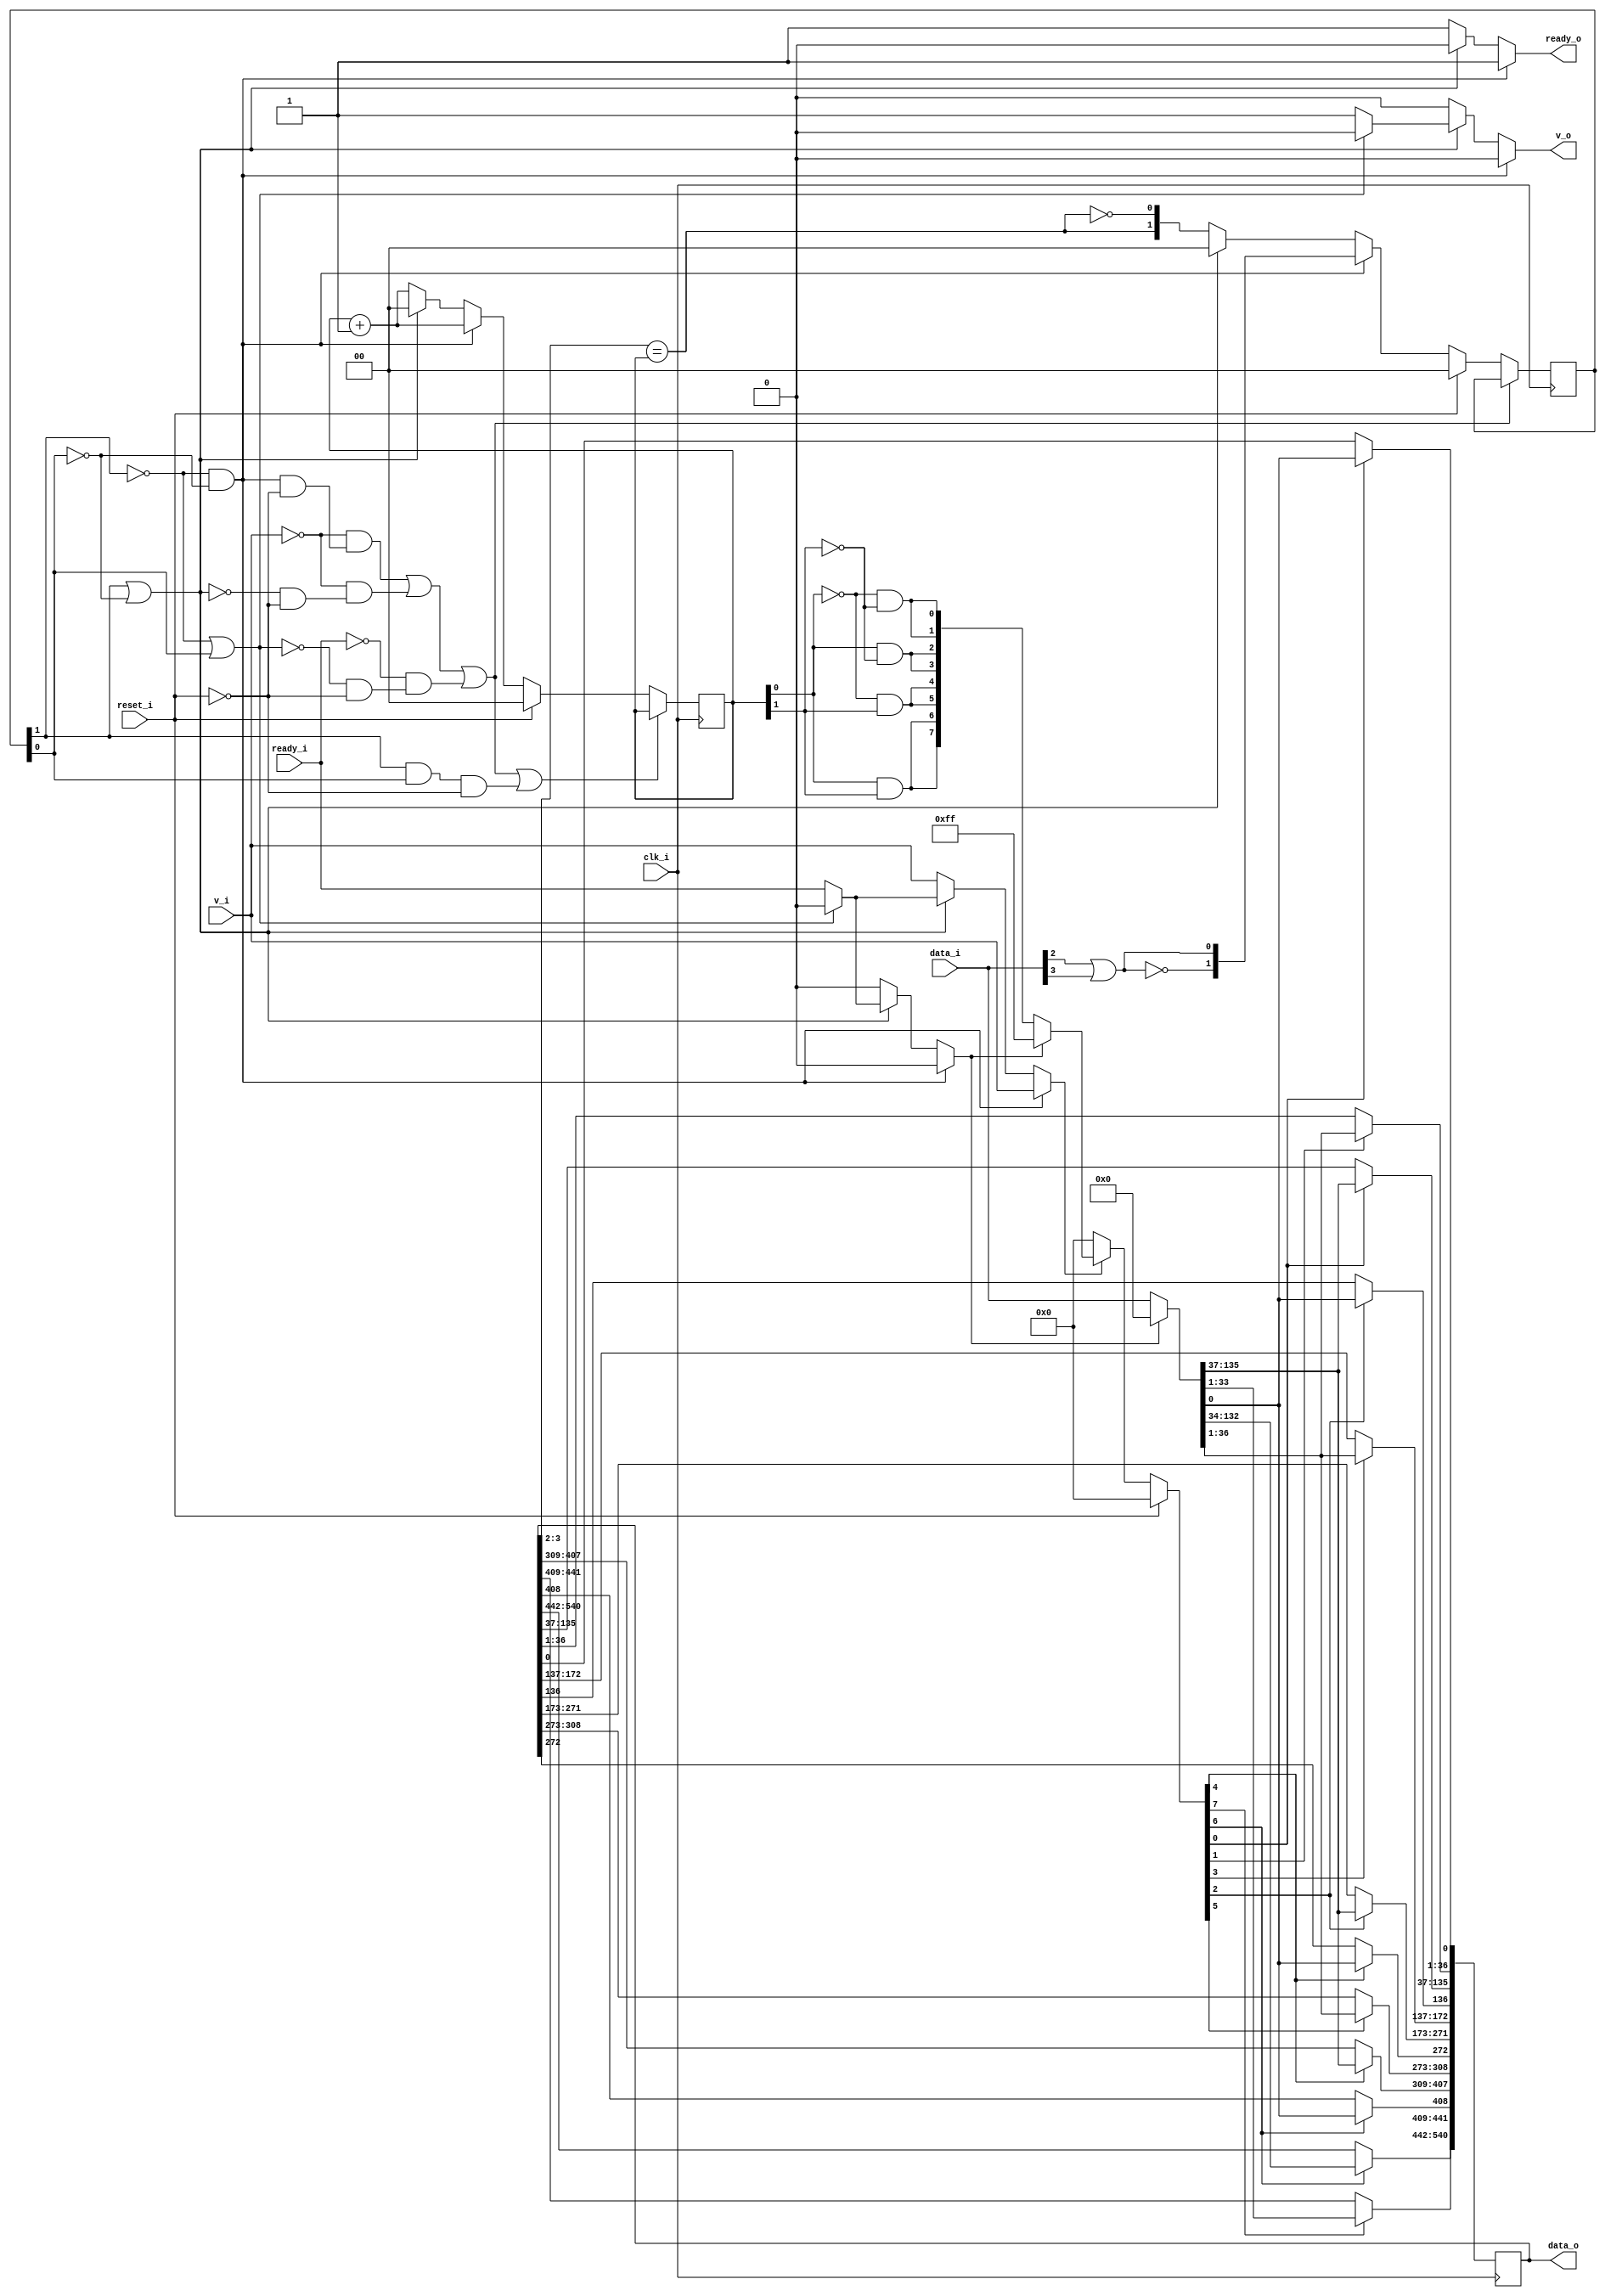
module bsg_wormhole_router_adapter_out_max_num_flit_p4_max_payload_width_p537_x_cord_width_p1_y_cord_width_p1
(
  clk_i,
  reset_i,
  data_i,
  v_i,
  ready_o,
  data_o,
  v_o,
  ready_i
);

  input [135:0] data_i;
  output [540:0] data_o;
  input clk_i;
  input reset_i;
  input v_i;
  input ready_i;
  output ready_o;
  output v_o;
  wire ready_o,v_o,N0,N1,N2,N3,N4,N5,N6,N7,N8,N9,N10,N11,N12,N13,we,clear,N14,N15,N16,
  N17,N18,N19,N20,N21,N22,N23,N24,N25,N26,N27,N28,N29,N30,N31,N32,N33,N34,N35,N36,
  N37,N38,N39,N40,N41,N42,N43,N44,N45,N46,N47,N48,N49,N50,N51,N52,N53,N54,N55,N56,
  N57,N58,N59,N60,N61,N62,N63,N64,N65,N66,N67,N68,N69,N70,N71,N72,N73,N74,N75,N76,
  N77,N78,N79,N80,N81,N82,N83,N84,N85,N86,N87,N88,N89,N90,N91,N92,N93,N94,N95,N96,
  N97,N98,N99,N100,N101,N102,N103,N104,N105,N106,N107,N108,N109,N110,N111,N112,
  N113,N114,N115,N116,N117,N118,N119,N120,N121,N122,N123,N124,N125,N126,N127,N128,
  N129,N130,N131,N132,N133,N134,N135,N136,N137,N138,N139,N140,N141,N142,N143,N144,
  N145,N146,N147,N148,N149,N150,N151,N152,N153,N154,N155,N156,N157,N158,N159,N160,
  N161,N162,N163,N164,N165,N166,N167,N168,N169,N170,N171,N172,N173,N174,N175,N176,
  N177,N178,N179,N180,N181,N182,N183,N184,N185,N186,N187,N188,N189,N190,N191,N192,
  N193,N194,N195,N196,N197,N198,N199,N200,N201,N202,N203,N204,N205,N206,N207,N208,
  N209,N210,N211,N212,N213,N214,N215,N216;
  wire [1:0] state_n,count_n;
  reg [540:0] data_o;
  reg [1:0] state_r,count_r;
  assign N16 = N14 & N15;
  assign N17 = state_r[1] | N15;
  assign N19 = N14 | state_r[0];
  assign N21 = state_r[1] & state_r[0];
  assign N29 = data_o[3:2] == count_r;
  assign N215 = data_i[2] | data_i[3];
  assign N216 = ~N215;
  assign { N25, N24 } = count_r + 1'b1;
  assign { N28, N27 } = count_r + 1'b1;
  assign N38 = count_r[0] & count_r[1];
  assign N37 = N0 & count_r[1];
  assign N0 = ~count_r[0];
  assign N36 = count_r[0] & N1;
  assign N1 = ~count_r[1];
  assign N35 = N2 & N3;
  assign N2 = ~count_r[0];
  assign N3 = ~count_r[1];
  assign N30 = ~N29;
  assign ready_o = (N4)? 1'b1 :
                   (N5)? 1'b1 :
                   (N6)? 1'b0 :
                   (N7)? 1'b0 : 1'b0;
  assign N4 = N16;
  assign N5 = N18;
  assign N6 = N20;
  assign N7 = N21;
  assign state_n = (N4)? { N216, N215 } :
                   (N5)? { N29, N30 } :
                   (N6)? { 1'b0, 1'b0 } :
                   (N7)? { 1'b0, 1'b0 } : 1'b0;
  assign we = (N4)? v_i :
              (N5)? v_i :
              (N6)? ready_i :
              (N7)? 1'b0 : 1'b0;
  assign count_n = (N4)? { N25, N24 } :
                   (N5)? { N28, N27 } :
                   (N6)? { 1'b0, 1'b0 } : 1'b0;
  assign v_o = (N4)? 1'b0 :
               (N5)? 1'b0 :
               (N6)? 1'b1 :
               (N7)? 1'b0 : 1'b0;
  assign clear = (N4)? 1'b0 :
                 (N5)? 1'b0 :
                 (N6)? ready_i :
                 (N7)? 1'b0 : 1'b0;
  assign { N182, N181, N180, N179, N178, N177, N41, N39 } = (N8)? { 1'b1, 1'b1, 1'b1, 1'b1, 1'b1, 1'b1, 1'b1, 1'b1 } :
                                                            (N9)? { N38, N38, N37, N37, N36, N36, N35, N35 } : 1'b0;
  assign N8 = clear;
  assign N9 = N34;
  assign { N176, N175, N174, N173, N172, N171, N170, N169, N168, N167, N166, N165, N164, N163, N162, N161, N160, N159, N158, N157, N156, N155, N154, N153, N152, N151, N150, N149, N148, N147, N146, N145, N144, N143, N142, N141, N140, N139, N138, N137, N136, N135, N134, N133, N132, N131, N130, N129, N128, N127, N126, N125, N124, N123, N122, N121, N120, N119, N118, N117, N116, N115, N114, N113, N112, N111, N110, N109, N108, N107, N106, N105, N104, N103, N102, N101, N100, N99, N98, N97, N96, N95, N94, N93, N92, N91, N90, N89, N88, N87, N86, N85, N84, N83, N82, N81, N80, N79, N78, N77, N76, N75, N74, N73, N72, N71, N70, N69, N68, N67, N66, N65, N64, N63, N62, N61, N60, N59, N58, N57, N56, N55, N54, N53, N52, N51, N50, N49, N48, N47, N46, N45, N44, N43, N42, N40 } = (N8)? { 1'b0, 1'b0, 1'b0, 1'b0, 1'b0, 1'b0, 1'b0, 1'b0, 1'b0, 1'b0, 1'b0, 1'b0, 1'b0, 1'b0, 1'b0, 1'b0, 1'b0, 1'b0, 1'b0, 1'b0, 1'b0, 1'b0, 1'b0, 1'b0, 1'b0, 1'b0, 1'b0, 1'b0, 1'b0, 1'b0, 1'b0, 1'b0, 1'b0, 1'b0, 1'b0, 1'b0, 1'b0, 1'b0, 1'b0, 1'b0, 1'b0, 1'b0, 1'b0, 1'b0, 1'b0, 1'b0, 1'b0, 1'b0, 1'b0, 1'b0, 1'b0, 1'b0, 1'b0, 1'b0, 1'b0, 1'b0, 1'b0, 1'b0, 1'b0, 1'b0, 1'b0, 1'b0, 1'b0, 1'b0, 1'b0, 1'b0, 1'b0, 1'b0, 1'b0, 1'b0, 1'b0, 1'b0, 1'b0, 1'b0, 1'b0, 1'b0, 1'b0, 1'b0, 1'b0, 1'b0, 1'b0, 1'b0, 1'b0, 1'b0, 1'b0, 1'b0, 1'b0, 1'b0, 1'b0, 1'b0, 1'b0, 1'b0, 1'b0, 1'b0, 1'b0, 1'b0, 1'b0, 1'b0, 1'b0, 1'b0, 1'b0, 1'b0, 1'b0, 1'b0, 1'b0, 1'b0, 1'b0, 1'b0, 1'b0, 1'b0, 1'b0, 1'b0, 1'b0, 1'b0, 1'b0, 1'b0, 1'b0, 1'b0, 1'b0, 1'b0, 1'b0, 1'b0, 1'b0, 1'b0, 1'b0, 1'b0, 1'b0, 1'b0, 1'b0, 1'b0, 1'b0, 1'b0, 1'b0, 1'b0, 1'b0, 1'b0 } :
                                                                                                                                                                                                                                                                                                                                                                                                                                                                                                                                                                                                                                                                                                                                                                                                   (N9)? data_i : 1'b0;
  assign { N190, N189, N188, N187, N186, N185, N184, N183 } = (N10)? { N182, N181, N180, N179, N178, N177, N41, N39 } :
                                                              (N11)? { 1'b0, 1'b0, 1'b0, 1'b0, 1'b0, 1'b0, 1'b0, 1'b0 } : 1'b0;
  assign N10 = we;
  assign N11 = N33;
  assign { N192, N191 } = (N12)? { 1'b0, 1'b0 } :
                          (N13)? state_n : 1'b0;
  assign N12 = reset_i;
  assign N13 = N32;
  assign { N194, N193 } = (N12)? { 1'b0, 1'b0 } :
                          (N13)? count_n : 1'b0;
  assign { N202, N201, N200, N199, N198, N197, N196, N195 } = (N12)? { 1'b0, 1'b0, 1'b0, 1'b0, 1'b0, 1'b0, 1'b0, 1'b0 } :
                                                              (N13)? { N190, N189, N188, N187, N186, N185, N184, N183 } : 1'b0;
  assign N14 = ~state_r[1];
  assign N15 = ~state_r[0];
  assign N18 = ~N17;
  assign N20 = ~N19;
  assign N22 = N16;
  assign N23 = ~v_i;
  assign N26 = N18;
  assign N31 = ~ready_i;
  assign N32 = ~reset_i;
  assign N33 = ~we;
  assign N34 = ~clear;
  assign N203 = N16 & N32;
  assign N204 = N23 & N203;
  assign N205 = N18 & N32;
  assign N206 = N23 & N205;
  assign N207 = N204 | N206;
  assign N208 = N20 & N32;
  assign N209 = N31 & N208;
  assign N210 = N207 | N209;
  assign N211 = ~N210;
  assign N212 = N21 & N32;
  assign N213 = N210 | N212;
  assign N214 = ~N213;

  always @(posedge clk_i) begin
    if(N201) begin
      { data_o[540:442], data_o[408:408] } <= { N173, N172, N171, N170, N169, N168, N167, N166, N165, N164, N163, N162, N161, N160, N159, N158, N157, N156, N155, N154, N153, N152, N151, N150, N149, N148, N147, N146, N145, N144, N143, N142, N141, N140, N139, N138, N137, N136, N135, N134, N133, N132, N131, N130, N129, N128, N127, N126, N125, N124, N123, N122, N121, N120, N119, N118, N117, N116, N115, N114, N113, N112, N111, N110, N109, N108, N107, N106, N105, N104, N103, N102, N101, N100, N99, N98, N97, N96, N95, N94, N93, N92, N91, N90, N89, N88, N87, N86, N85, N84, N83, N82, N81, N80, N79, N78, N77, N76, N75, N40 };
    end
    if(N202) begin
      { data_o[441:409] } <= { N74, N73, N72, N71, N70, N69, N68, N67, N66, N65, N64, N63, N62, N61, N60, N59, N58, N57, N56, N55, N54, N53, N52, N51, N50, N49, N48, N47, N46, N45, N44, N43, N42 };
    end
    if(N199) begin
      { data_o[407:309], data_o[272:272] } <= { N176, N175, N174, N173, N172, N171, N170, N169, N168, N167, N166, N165, N164, N163, N162, N161, N160, N159, N158, N157, N156, N155, N154, N153, N152, N151, N150, N149, N148, N147, N146, N145, N144, N143, N142, N141, N140, N139, N138, N137, N136, N135, N134, N133, N132, N131, N130, N129, N128, N127, N126, N125, N124, N123, N122, N121, N120, N119, N118, N117, N116, N115, N114, N113, N112, N111, N110, N109, N108, N107, N106, N105, N104, N103, N102, N101, N100, N99, N98, N97, N96, N95, N94, N93, N92, N91, N90, N89, N88, N87, N86, N85, N84, N83, N82, N81, N80, N79, N78, N40 };
    end
    if(N200) begin
      { data_o[308:273] } <= { N77, N76, N75, N74, N73, N72, N71, N70, N69, N68, N67, N66, N65, N64, N63, N62, N61, N60, N59, N58, N57, N56, N55, N54, N53, N52, N51, N50, N49, N48, N47, N46, N45, N44, N43, N42 };
    end
    if(N197) begin
      { data_o[271:173], data_o[136:136] } <= { N176, N175, N174, N173, N172, N171, N170, N169, N168, N167, N166, N165, N164, N163, N162, N161, N160, N159, N158, N157, N156, N155, N154, N153, N152, N151, N150, N149, N148, N147, N146, N145, N144, N143, N142, N141, N140, N139, N138, N137, N136, N135, N134, N133, N132, N131, N130, N129, N128, N127, N126, N125, N124, N123, N122, N121, N120, N119, N118, N117, N116, N115, N114, N113, N112, N111, N110, N109, N108, N107, N106, N105, N104, N103, N102, N101, N100, N99, N98, N97, N96, N95, N94, N93, N92, N91, N90, N89, N88, N87, N86, N85, N84, N83, N82, N81, N80, N79, N78, N40 };
    end
    if(N198) begin
      { data_o[172:137] } <= { N77, N76, N75, N74, N73, N72, N71, N70, N69, N68, N67, N66, N65, N64, N63, N62, N61, N60, N59, N58, N57, N56, N55, N54, N53, N52, N51, N50, N49, N48, N47, N46, N45, N44, N43, N42 };
    end
    if(N195) begin
      { data_o[135:37], data_o[0:0] } <= { N176, N175, N174, N173, N172, N171, N170, N169, N168, N167, N166, N165, N164, N163, N162, N161, N160, N159, N158, N157, N156, N155, N154, N153, N152, N151, N150, N149, N148, N147, N146, N145, N144, N143, N142, N141, N140, N139, N138, N137, N136, N135, N134, N133, N132, N131, N130, N129, N128, N127, N126, N125, N124, N123, N122, N121, N120, N119, N118, N117, N116, N115, N114, N113, N112, N111, N110, N109, N108, N107, N106, N105, N104, N103, N102, N101, N100, N99, N98, N97, N96, N95, N94, N93, N92, N91, N90, N89, N88, N87, N86, N85, N84, N83, N82, N81, N80, N79, N78, N40 };
    end
    if(N196) begin
      { data_o[36:1] } <= { N77, N76, N75, N74, N73, N72, N71, N70, N69, N68, N67, N66, N65, N64, N63, N62, N61, N60, N59, N58, N57, N56, N55, N54, N53, N52, N51, N50, N49, N48, N47, N46, N45, N44, N43, N42 };
    end
    if(N211) begin
      { state_r[1:0] } <= { N192, N191 };
    end
    if(N214) begin
      { count_r[1:0] } <= { N194, N193 };
    end
  end


endmodule